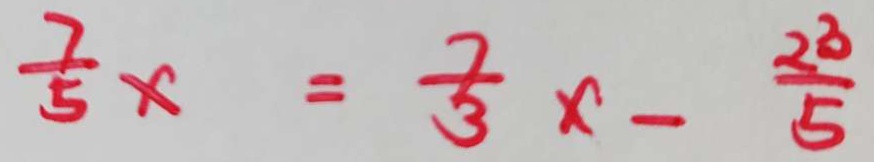
\frac { 7 } { 5 } x = \frac { 7 } { 3 } x - \frac { 2 3 } { 5 }